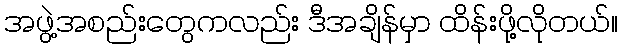
အဖွဲ့အစည်းတွေကလည်း ဒီအချိန်မှာ ထိန်းဖို့လိုတယ်။